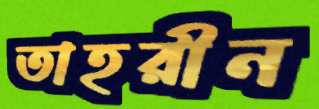
তাহরীন